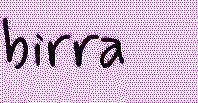
birra